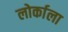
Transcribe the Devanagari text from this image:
लोर्काला